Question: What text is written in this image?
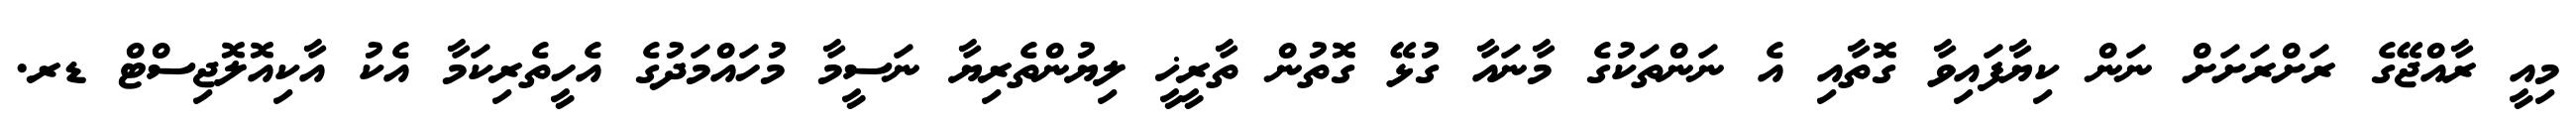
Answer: މިއީ ރާއްޖޭގެ ރަށްރަށަށް ނަން ކިޔާފައިވާ ގޮތާއި އެ ނަންތަކުގެ މާނައާ ގުޅޭ ގޮތުން ތާރީޚީ ލިޔުންތެރިޔާ ނަސީމާ މުހައްމަދުގެ އެހީތެރިކަމާ އެކު އާކިއޮލޮޖިސްޓް ޑރ.